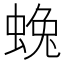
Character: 𮔛